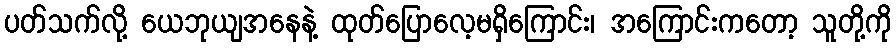
ပတ်သက်လို့ ယေဘုယျအနေနဲ့ ထုတ်ပြောလေ့မရှိကြောင်း၊ အကြောင်းကတော့ သူတို့ကို